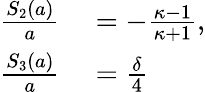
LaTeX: \begin{array}{rl}{\frac{S_{2}(a)}{a}}&{{}=-\frac{\kappa-1}{\kappa+1},}\\ {\frac{S_{3}(a)}{a}}&{{}=\frac{\delta}{4}}\end{array}